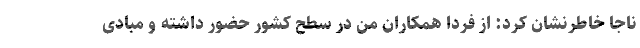
ناجا خاطرنشان کرد: از فردا همکاران من در سطح کشور حضور داشته و مبادی